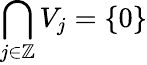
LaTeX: \bigcap_{j\in\mathbb{Z}}V_{j}=\{ 0\}